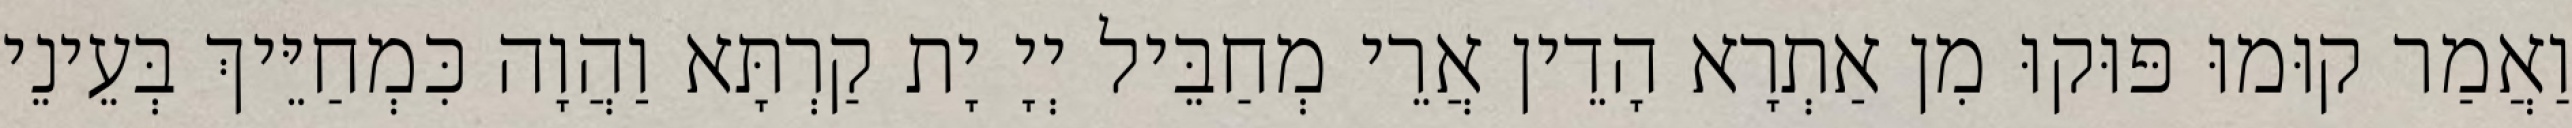
וַאֲמַר קוּמוּ פּוּקוּ מִן אַתְרָא הָדֵין אֲרֵי מְחַבֵּיל יְיָ יָת קַרְתָּא וַהֲוָה כִּמְחַיֵּיךְ בְּעֵינֵי